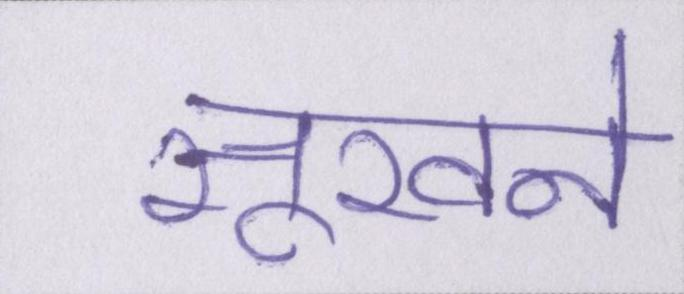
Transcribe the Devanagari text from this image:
सूखने